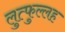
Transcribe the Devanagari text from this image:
लुत्फुल्लह